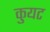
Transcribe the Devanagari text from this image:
कुयट